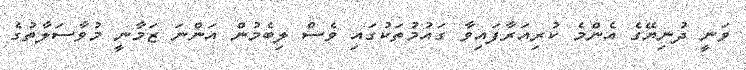
ވަނީ ދުނިޔޭގެ އެންމެ ކުރިއަރާފައިވާ ގައުމުތަކުގައި ވެސް ލިބެމުން އަންނަ ޒަމާނީ މުވާސަލާތުގެ